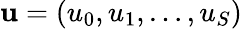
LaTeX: {\mathbf u}=(u_{0},u_{1},\dots,u_{S})